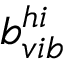
b _ { v i b } ^ { h i }